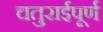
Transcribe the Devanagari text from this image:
चतुराईपूर्ण